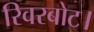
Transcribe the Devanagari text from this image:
रिवरबोट।